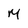
Character: M